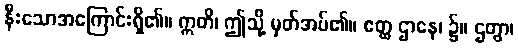
နီးသောအကြောင်းရှိ၏။ ဣတိ၊ ဤသို့ မှတ်အပ်၏။ ဧတ္ထ ဌာနေ၊ ၌။ ဌတွာ၊